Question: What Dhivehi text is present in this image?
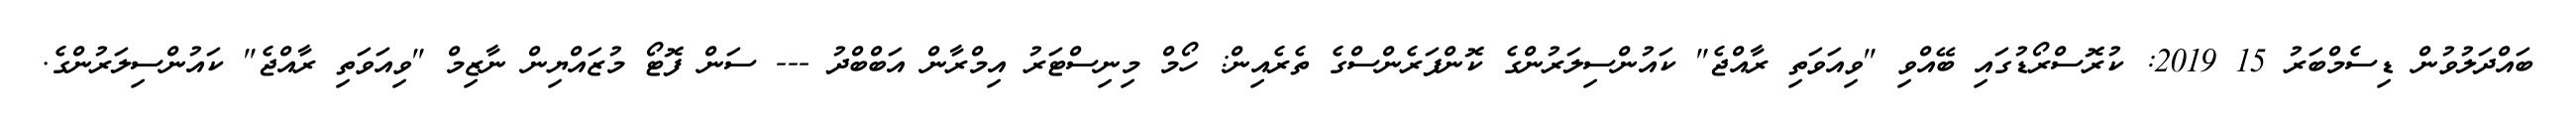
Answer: ބައްދަލުވުން ޑިސެމްބަރު 15 2019: ކުރޮސްރޯޑުގައި ބޭއްވި "ވިއަވަތި ރާއްޖެ" ކައުންސިލަރުންގެ ކޮންފަރެންސްގެ ތެރެއިން: ހޯމް މިނިސްޓަރު އިމްރާން އަބްބްދު --- ސަން ފޮޓޯ މުޒައްޔިން ނާޒިމް "ވިއަވަތި ރާއްޖެ" ކައުންސިލަރުންގެ.